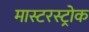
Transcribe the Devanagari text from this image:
मास्टरस्ट्रोक